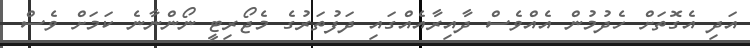
އަދި އެގޮތަށް ހެދުމުން އެއްވެސް ދާއިރާއެއްގައި ދަފުތަރުގެ މެޖޯރިޓީ ނޯންނާނެ ކަމަށް ވެސް